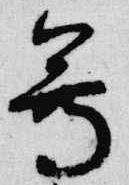
尊